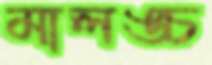
মালঙ্চ